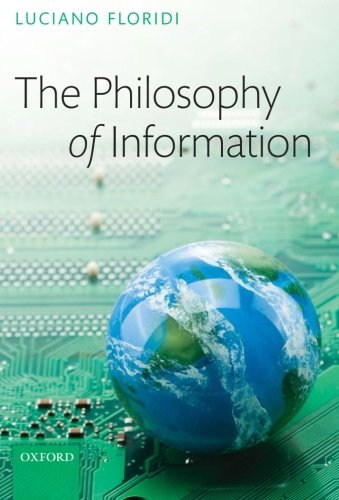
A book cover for The Philosophy of Information; Luciano Floridi; Politics & Social Sciences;